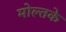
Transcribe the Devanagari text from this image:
मोल्तके